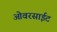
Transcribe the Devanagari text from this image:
ओवरसाईट